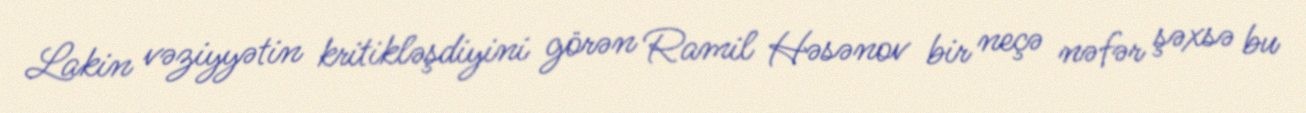
Lakin vəziyyətin kritikləşdiyini görən Ramil Həsənov bir neçə nəfər şəxsə bu